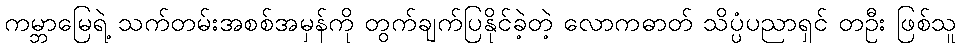
ကမ္ဘာမြေရဲ့ သက်တမ်းအစစ်အမှန်ကို တွက်ချက်ပြနိုင်ခဲ့တဲ့ လောကဓာတ် သိပ္ပံပညာရှင် တဦး ဖြစ်သူ